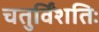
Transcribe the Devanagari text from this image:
चतुर्विंशतिः